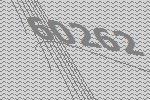
60262